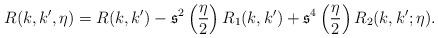
LaTeX: \begin{align*}R(k,k',\eta )= R(k,k')-{\frak s}^2\left( \frac{ \eta }{2}\right) R_1(k,k')+{\frak s}^4\left( \frac{ \eta }{2}\right) R_2(k,k';\eta).\end{align*}